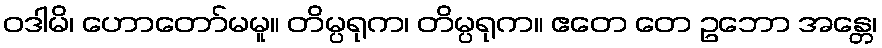
ဝဒါမိ၊ ဟောတော်မမူ။ တိမ္ပရုက၊ တိမ္ပရုက။ ဧတေ တေ ဥဘော အန္တေ၊